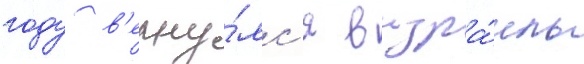
году в'ерну́лс'я в изра́иль